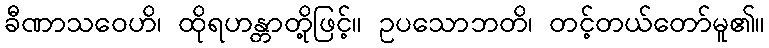
ခီဏာသဝေဟိ၊ ထိုရဟန္တာတို့ဖြင့်။ ဥပသောဘတိ၊ တင့်တယ်တော်မူ၏။